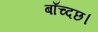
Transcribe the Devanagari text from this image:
बाँच्दछ।